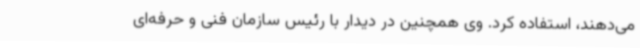
می‌دهند، استفاده کرد. وی همچنین در دیدار با رئیس سازمان فنی و حرفه‌ای